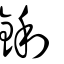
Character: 鋓